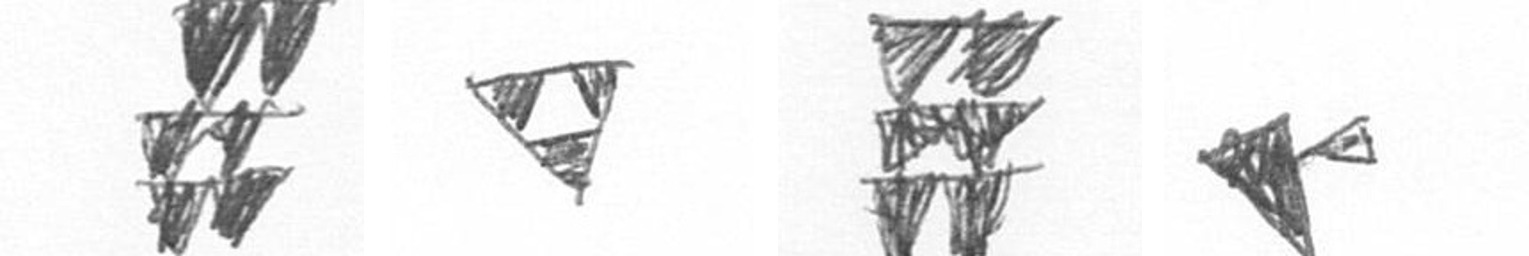
Y S Y F